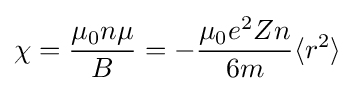
\chi ={\frac {\mu _{0}n\mu }{B}}=-{\frac {\mu _{0}e^{2}Zn}{6m}}\langle r^{2}\rangle